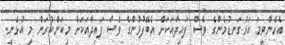
އެހެންވީމަ އަޅުގަނޑުމެންގެ ވެސް ފައިދާއަކަށް އެބޭފުޅުންގެ ވެސް ފައިދާއަކަށް މިކަންކުރަން މި އުޅެނީ.